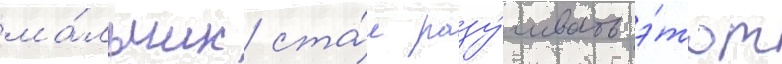
ма́льчик ста́л разу́чивать э́тот